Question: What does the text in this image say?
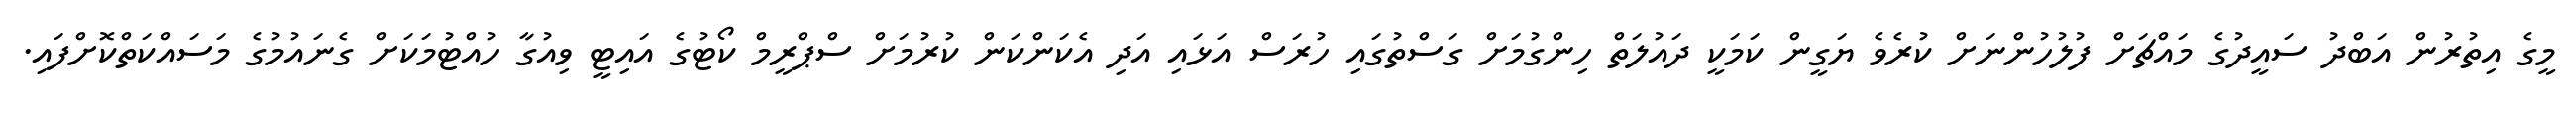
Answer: މީގެ އިތުރުން އަބްދު ސައީދުގެ މައްޗަށް ފުލުހުންނަށް ކުރެވެ ޔަގީން ކަމަކީ ދައުލަތް ހިންގުމަށް ގަސްތުގައި ހުރަސް އަޅައި އަދި އެކަންކަން ކުރުމަށް ސްޕްރީމް ކޯޓުގެ އައިޓީ ވިއުގާ ހުއްޓުމަކަށް ގެނައުމުގެ މަސައްކަތްކޮށްފައި.